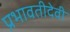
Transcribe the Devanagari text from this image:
प्रभावतीदेवी